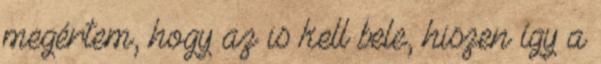
megértem, hogy az is kell bele, hiszen így a